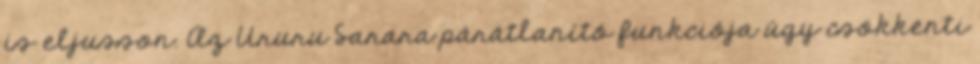
is eljusson. Az Ururu Sarara párátlanító funkciója úgy csökkenti